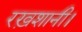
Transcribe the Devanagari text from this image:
रख़शानी।